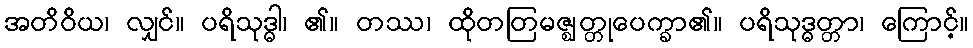
အတိဝိယ၊ လျှင်။ ပရိသုဒ္ဓါ၊ ၏။ တဿ၊ ထိုတတြမဇ္ဈတ္တုပေက္ခာ၏။ ပရိသုဒ္ဓတ္တာ၊ ကြောင့်။